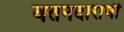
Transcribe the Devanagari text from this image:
वतनदाराची